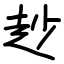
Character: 赻